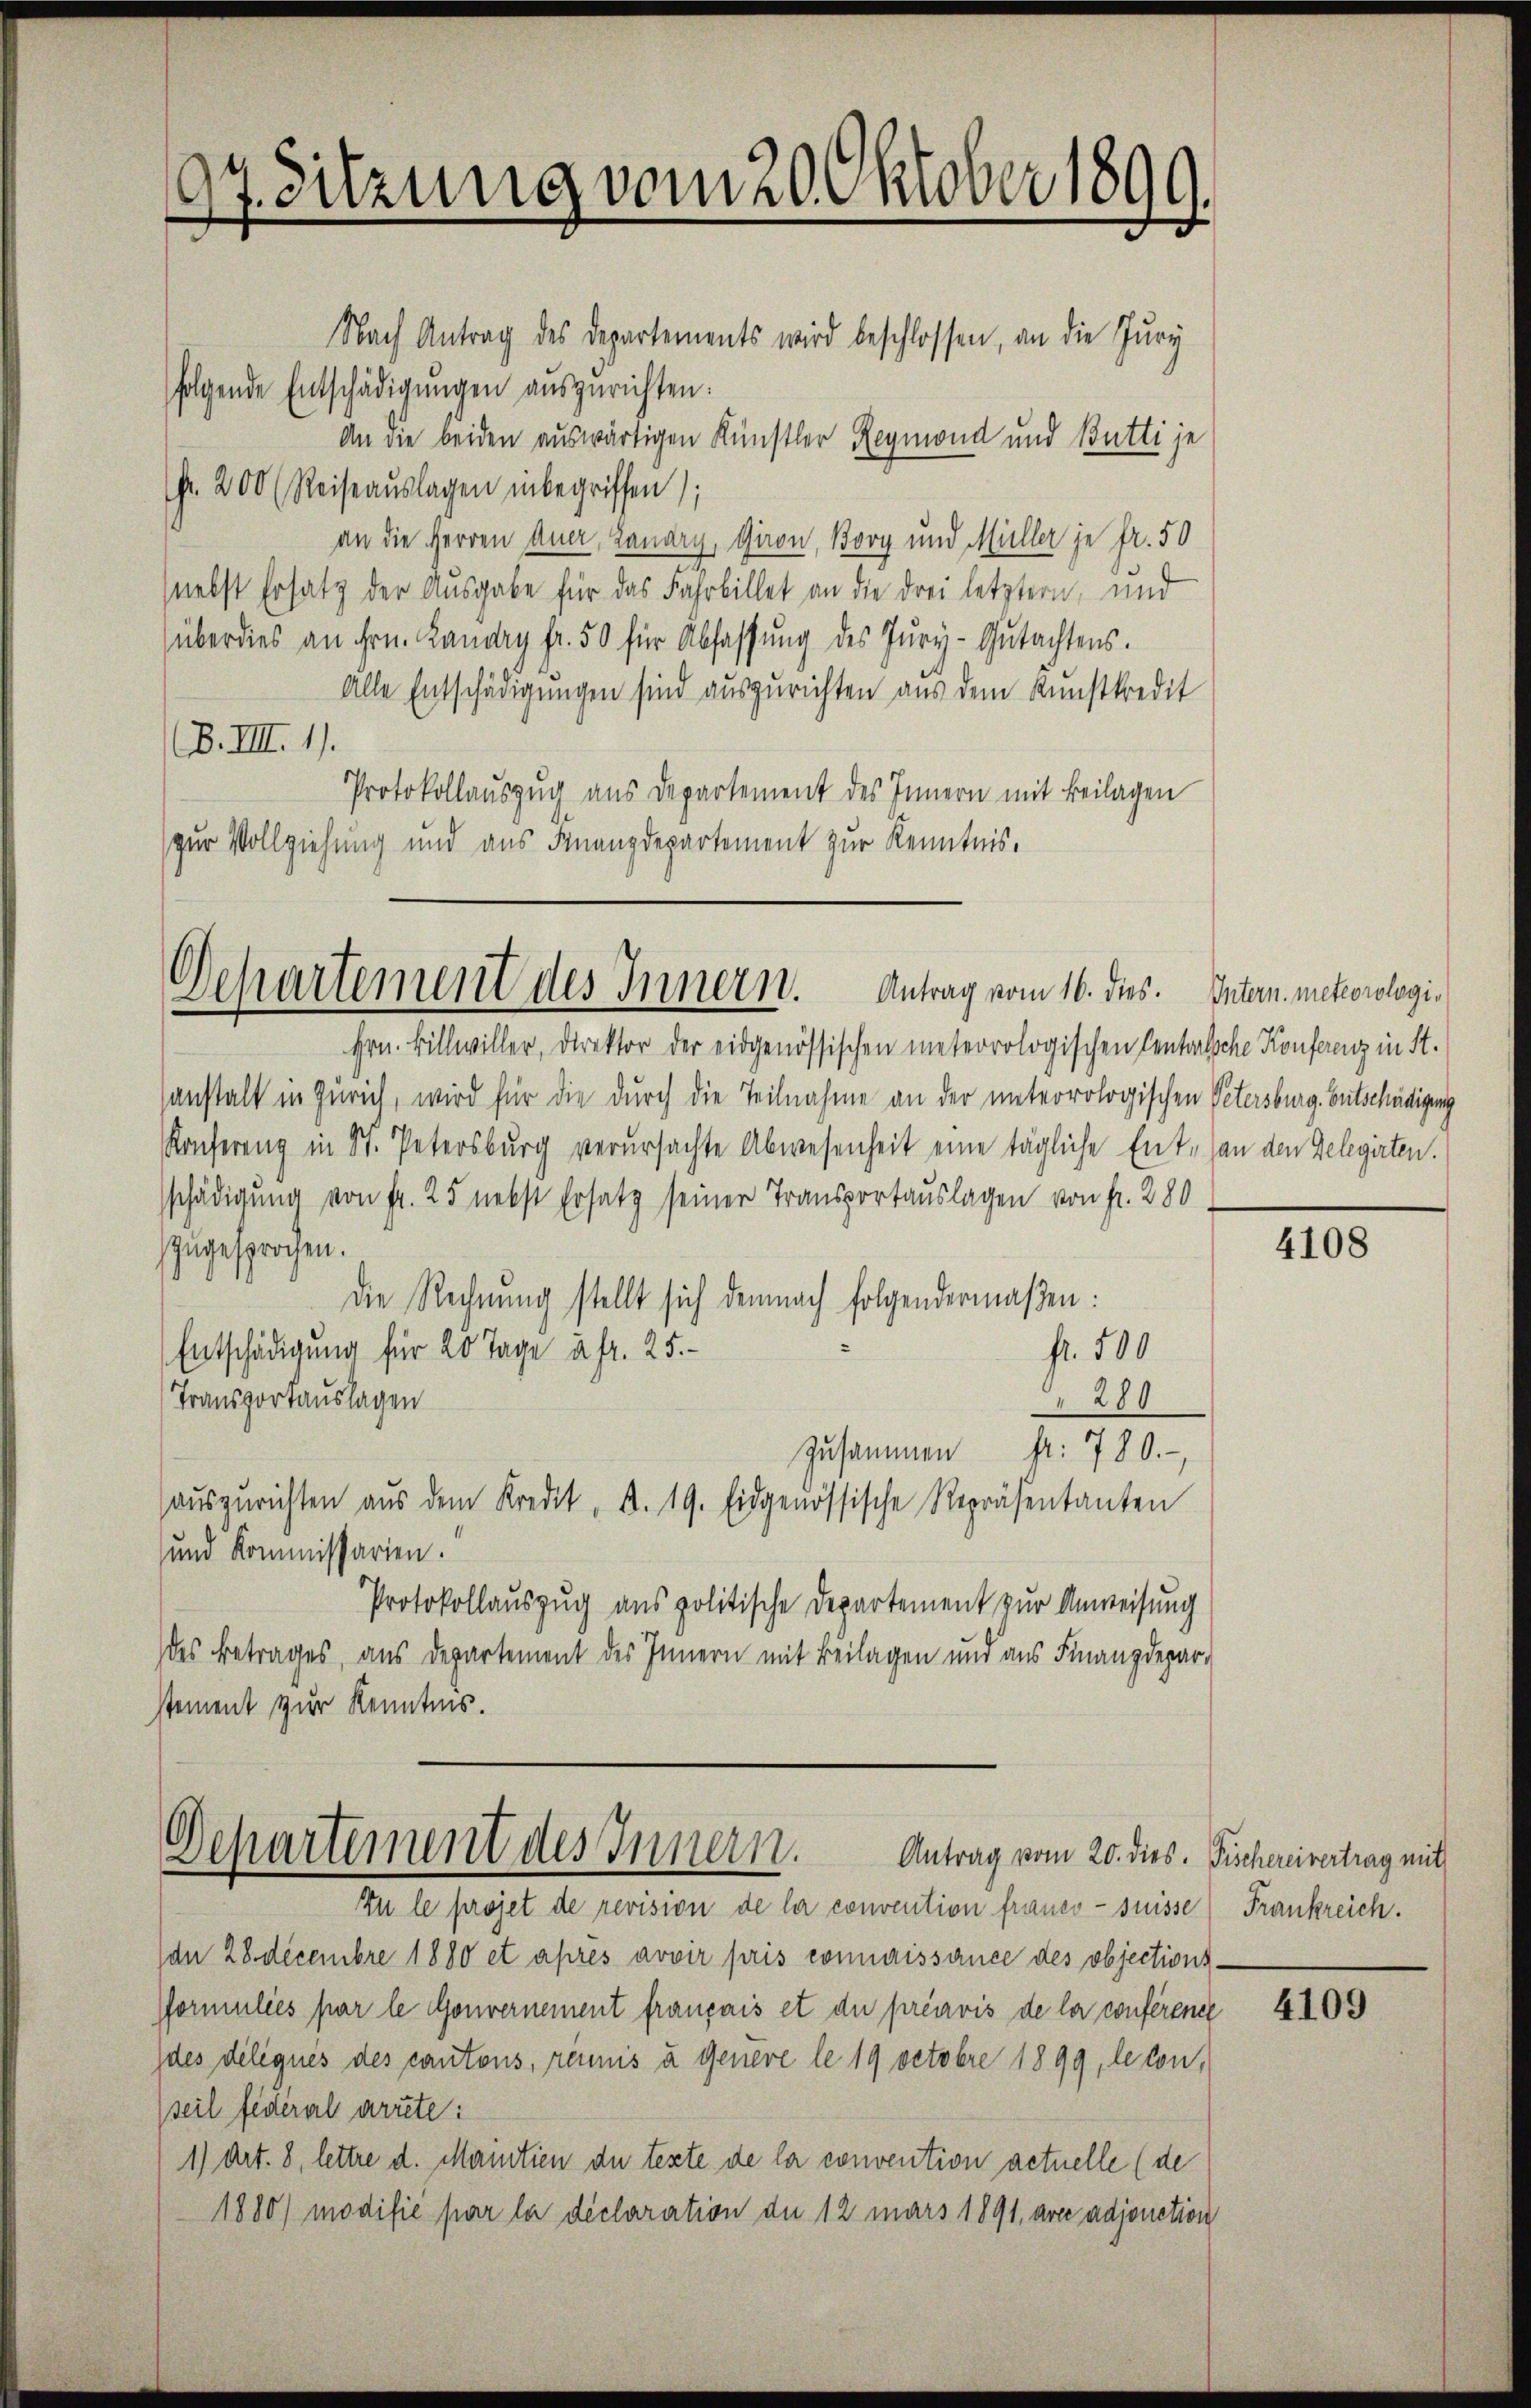
97. Sitzung vom 20. Oktober 1899.
f

Nach Antrag des Departements wird beschlossen, an die Jury
folgende Entschädigŭngen auszurichten.
An die beiden auswärtigen Künstler Reymond und Butti je
(Fr. 200 (Reiseauslagen inbegriffen);
an die Herren Auer, Landry, Giron, Borg und Müller je fr. 50
(nebst Ersatz der Ausgabe für das Fahrbillet an die drei letztern, und
überdies an Hrn. Landry fr. 50 für Abfassŭng des Jŭry-Gutachtens.
Alle Entschädigungen sind auszurichten aus dem Kunstkredit
B.IIII. 1).
Protokollauszug aus Departement des Innern mit Beilagen
zur Vollziehung und aus Finanzdepartement zur Kenntnis.

Departement des Innern. Antrag vom 16. dies. Intern meteorologi¬

Departement des Innern.
Antrag vom 20. dies. Fischereivertrag mit

Hrn. Billwiller, Direktor der eidgenössischen meteorologischen Cantonssche Konferenz in St.
anstalt in Zürich, wird für die durch die Teilnahme an der unterrologischen Petersburg. Entschädigung
Konferenz in St. Petersburg verursachte Abwesenheit eine tägliche Ent- an den Gelegirten.
schädigung von fr. 25 nebst Ersatz seiner Transportauslagen von fr. 280
zugesprochen.
Die Rechnung stellt sich demnach folgendermaßen:
Entschädigung für 20 Tage à fr. 25.
fr. 500
280
Transportauslagen
zusammen fr. 780.
auszurichten aŭs dem Kredit, d. 19. Eidgenössische Repräsentanten
und Kommissarien.
Protokollauszug aus politische Departement zur Anweisung
des Betrages, aus Departement des Innern mit Beilagen und aus Finanzdepar-
stement zur Kenntnis.

Zu le projet de revision de la convention franco- suisse
dn 28 decembre 1880 et après avoir pris connaissance des objections
Pormulies par le Gouvernement français et die préavis de la conférence
des délégués des cantons, réunis u Genere le 19 Octobre 1899, besonseil federal arrete:
1) Art. 8, lettre d. Maintien de texte de la convention actuelle (de
1880) modifie par la déclaration de 12 mars 1891, avec adjonction

4108

Frankreich.

4109